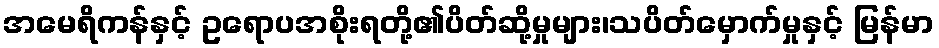
အမေရိကန်နှင့် ဥရောပအစိုးရတို့၏ပိတ်ဆို့မှုများ၊သပိတ်မှောက်မှုနှင့် မြန်မာ